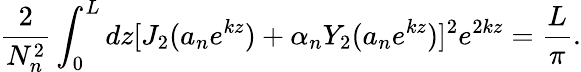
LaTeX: \frac{2}{N_{n}^{2}}\int_{0}^{L}dz[J_{2}(a_{n}e^{kz})+\alpha_{n}Y_{2}(a_{n}e^{kz})]^{2}e^{2kz}=\frac{L}{\pi}.